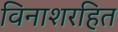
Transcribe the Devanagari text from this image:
विनाशरहित